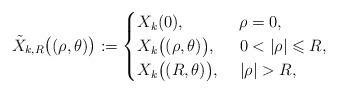
LaTeX: \begin{align*}\tilde X_{k,R}\big((\rho,\theta)\big):=\begin{cases}X_k(0),&\; \rho=0,\\X_k\big((\rho,\theta)\big), &\ 0<|\rho|\leqslant R, \\ X_k\big((R,\theta)\big), &\ |\rho|> R, \end{cases}\end{align*}